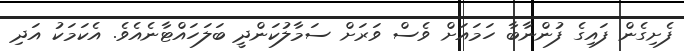
ފެށިގެން ފައިގެ ފުންނާބާ ހަމައަށް ވެސް ވަރަށް ސަމާލުކަންދީ ބަލަހައްޓާނެއެވެ. އެކަމަކު އަދި